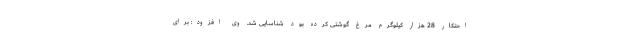
احتکار 28 هزار کیلوگرم مرغ گوشتی کرده بود شناسایی شد. وی افزود: برای